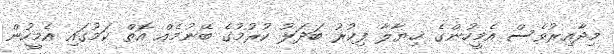
މިދާއިރުވެސް އެމީހުންގެ ޚިޔާލާ ފިކުރު ބަދަލު ކުރުމުގެ ބޭނުމެއް އޮތް ކަމުގައި އެމީހުން